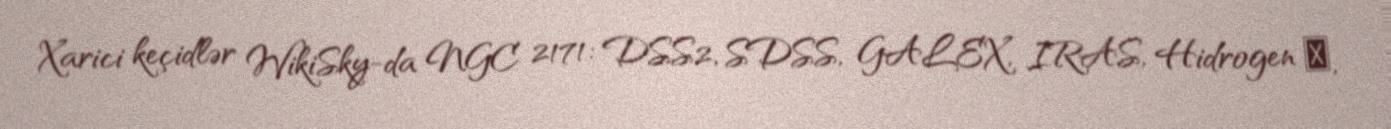
Xarici keçidlər WikiSky-da NGC 2171: DSS2, SDSS, GALEX, IRAS, Hidrogen α,